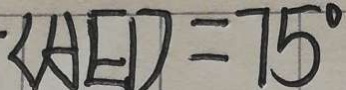
\angle A E D = 7 5 ^ { \circ }